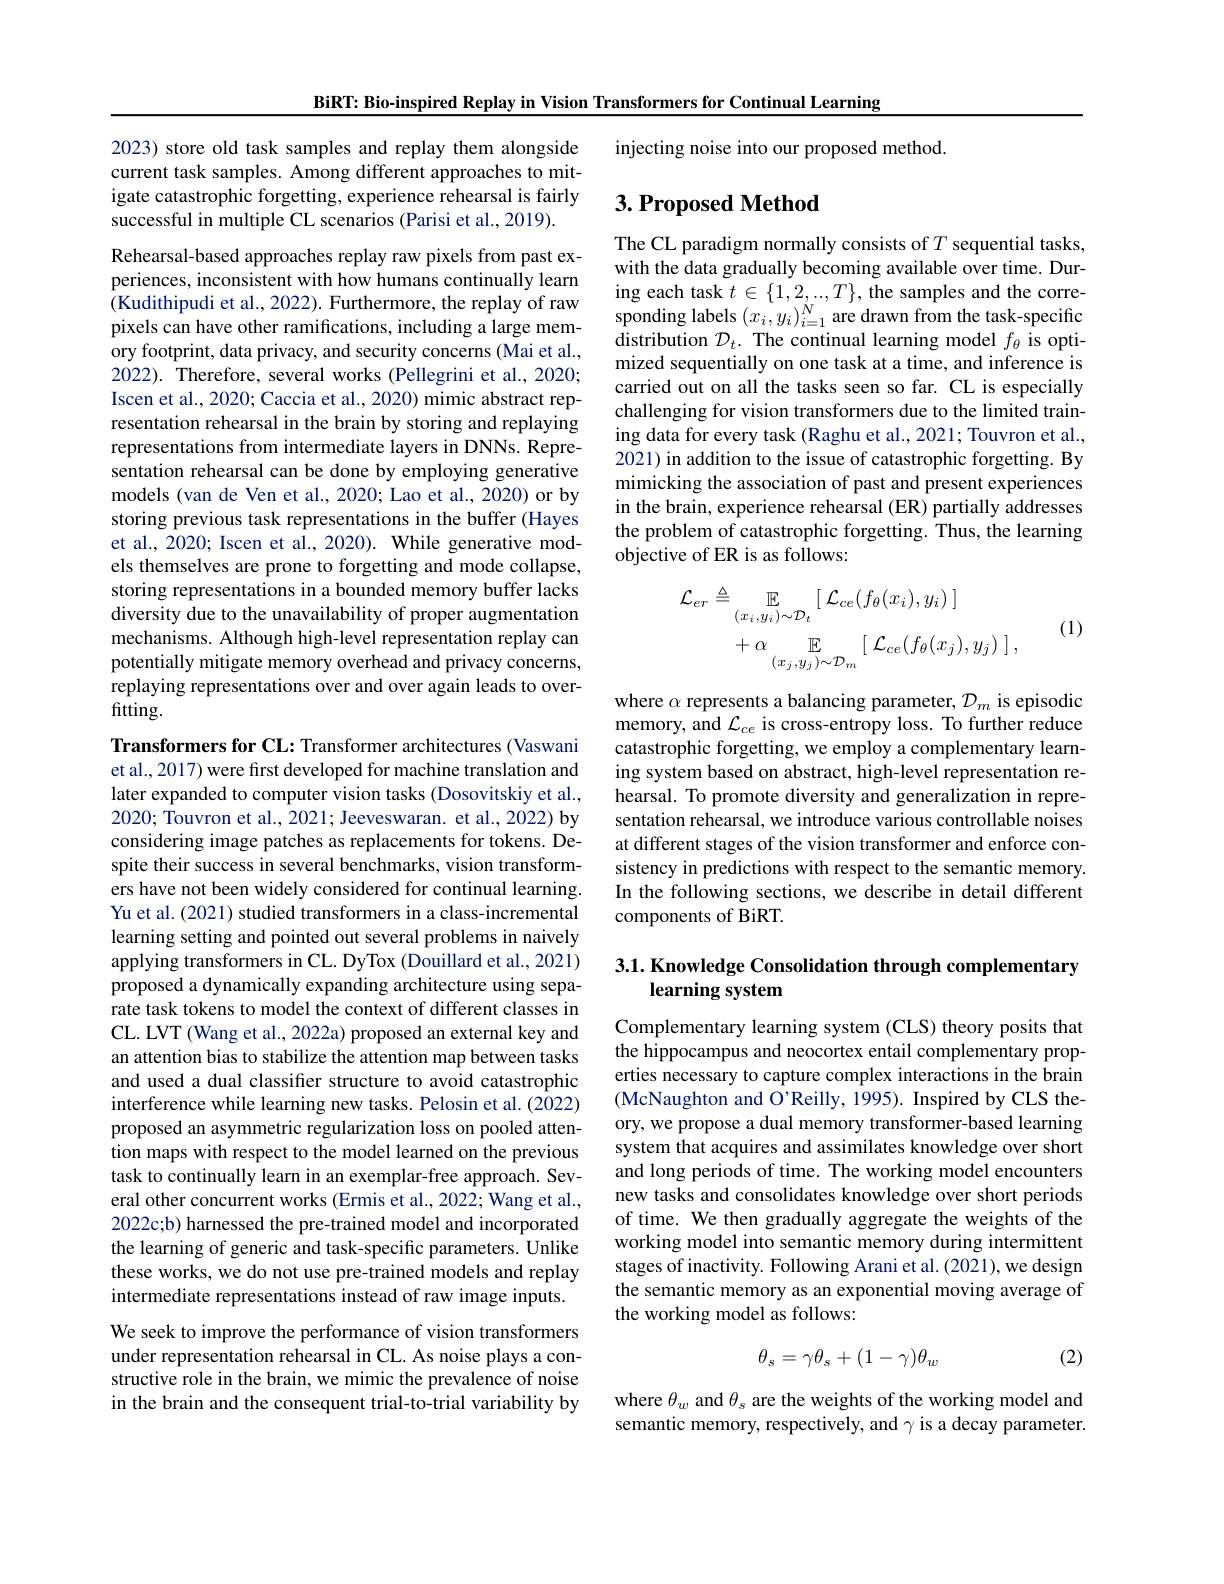
BiRT: Bio-inspired Replay in Vision Transformers for Continual Learning

injecting noise into our proposed method.

2023) store old task samples and replay them alongside current task samples. Among different approaches to mitigate catastrophic forgetting, experience rehearsal is fairly successful in multiple CL scenarios (Parisi et al., 2019).

## $3. \textbf{Proposed Method}$

The CL paradigm normally consists of $T$ sequential tasks, with the data gradually becoming available over time. During each task $t\in\{1,2,...,T\}$, the samples and the corresponding labels $(x_{i},y_{i})_{i=1}^{N}$ are drawn from the task-specific distribution $\mathcal{D}_t.$ The continual learning model $f_\theta$ is optimized sequentially on one task at a time, and inference is carried out on all the tasks seen so far. CL is especially challenging for vision transformers due to the limited training data for every task (Raghu et al., 2021; Touvron et al., 2021) in addition to the issue of catastrophic forgetting. By mimicking the association of past and present experiences in the brain, experience rehearsal (ER) partially addresses the problem of catastrophic forgetting. Thus, the learning objective of ER is as follows:

Rehearsal-based approaches replay raw pixels from past experiences, inconsistent with how humans continually learn (Kudithipudi et al., 2022). Furthermore, the replay of raw pixels can have other ramifications, including a large memory footprint, data privacy, and security concerns (Mai et al., 2022). Therefore, several works (Pellegrini et al., 2020; Iscen et al., 2020; Caccia et al., 2020) mimic abstract representation rehearsal in the brain by storing and replaying representations from intermediate layers in DNNs. Representation rehearsal can be done by employing generative models (van de Ven et al.,2020; Lao et al., 2020) or by storing previous task representations in the buffer (Hayes et al., 2020; Iscen et al., 2020). While generative models themselves are prone to forgetting and mode collapse, storing representations in a bounded memory buffer lacks diversity due to the unavailability of proper augmentation mechanisms. Although high-level representation replay can potentially mitigate memory overhead and privacy concerns, replaying representations over and over again leads to overfitting.
$$\begin{aligned}\mathcal{L}_{er}&\triangleq\mathbb{E}_{(x_{i},y_{i})\sim\mathcal{D}_{t}}[\:\mathcal{L}_{ce}(f_{\theta}(x_{i}),y_{i})\:]\\&+\alpha\underset{(x_{j},y_{j})\sim\mathcal{D}_{m}}{\operatorname*{\mathbb{E}}}[\:\mathcal{L}_{ce}(f_{\theta}(x_{j}),y_{j})\:]\:,\end{aligned}$$
(1)

where $\alpha$ represents a balancing parameter, $\mathcal{D}_m$ is episodic memory, and $\mathcal{L}_ce$ is cross-entropy loss. To further reduce catastrophic forgetting, we employ a complementary learning system based on abstract, high-level representation rehearsal. To promote diversity and generalization in representation rehearsal, we introduce various controllable noises at different stages of the vision transformer and enforce consistency in predictions with respect to the semantic memory. In the following sections, we describe in detail different components of BiRT.

## 3.1. Knowledge Consolidation through complementary learning system

Transformers for CL: Transformer architectures (Vaswani et al., 2017) were first developed for machine translation and later expanded to computer vision tasks (Dosovitskiy et al., 2020; Touvron et al., 2021; Jeeveswaran. et al., 2022) by considering image patches as replacements for tokens. Despite their success in several benchmarks, vision transformers have not been widely considered for continual learning. Yu et al. (2021) studied transformers in a class-incremental learning setting and pointed out several problems in naively applying transformers in CL. DyTox (Douillard et al., 2021) proposed a dynamically expanding architecture using separate task tokens to model the context of different classes in CL. LVT (Wang et al., 2022a) proposed an external key and an attention bias to stabilize the attention map between tasks and used a dual classifier structure to avoid catastrophic interference while learning new tasks. Pelosin et al. (2022) proposed an asymmetric regularization loss on pooled attention maps with respect to the model learned on the previous task to continually learn in an exemplar-free approach. Several other concurrent works (Ermis et al., 2022; Wang et al., 2022c;b) harnessed the pre-trained model and incorporated the learning of generic and task-specific parameters. Unlike these works, we do not use pre-trained models and replay intermediate representations instead of raw image inputs. We seek to improve the performance of vision transformers under representation rehearsal in CL. As noise plays a constructive role in the brain, we mimic the prevalence of noise

Complementary learning system (CLS) theory posits that the hippocampus and neocortex entail complementary properties necessary to capture complex interactions in the brain (McNaughton and O'Reilly, 1995). Inspired by CLS theory, we propose a dual memory transformer-based learning system that acquires and assimilates knowledge over short and long periods of time. The working model encounters new tasks and consolidates knowledge over short periods of time. We then gradually aggregate the weights of the working model into semantic memory during intermittent stages of inactivity. Following Arani et al. (2021), we design the semantic memory as an exponential moving average of the working model as follows:

(2)
$$\theta_s=\gamma\theta_s+(1-\gamma)\theta_w$$
in the brain and the consequent trial-to-trial variability by

where $\theta_w$ and $\theta_s$ are the weights of the working model and semantic memory, respectively, and $\gamma$ is a decay parameter.